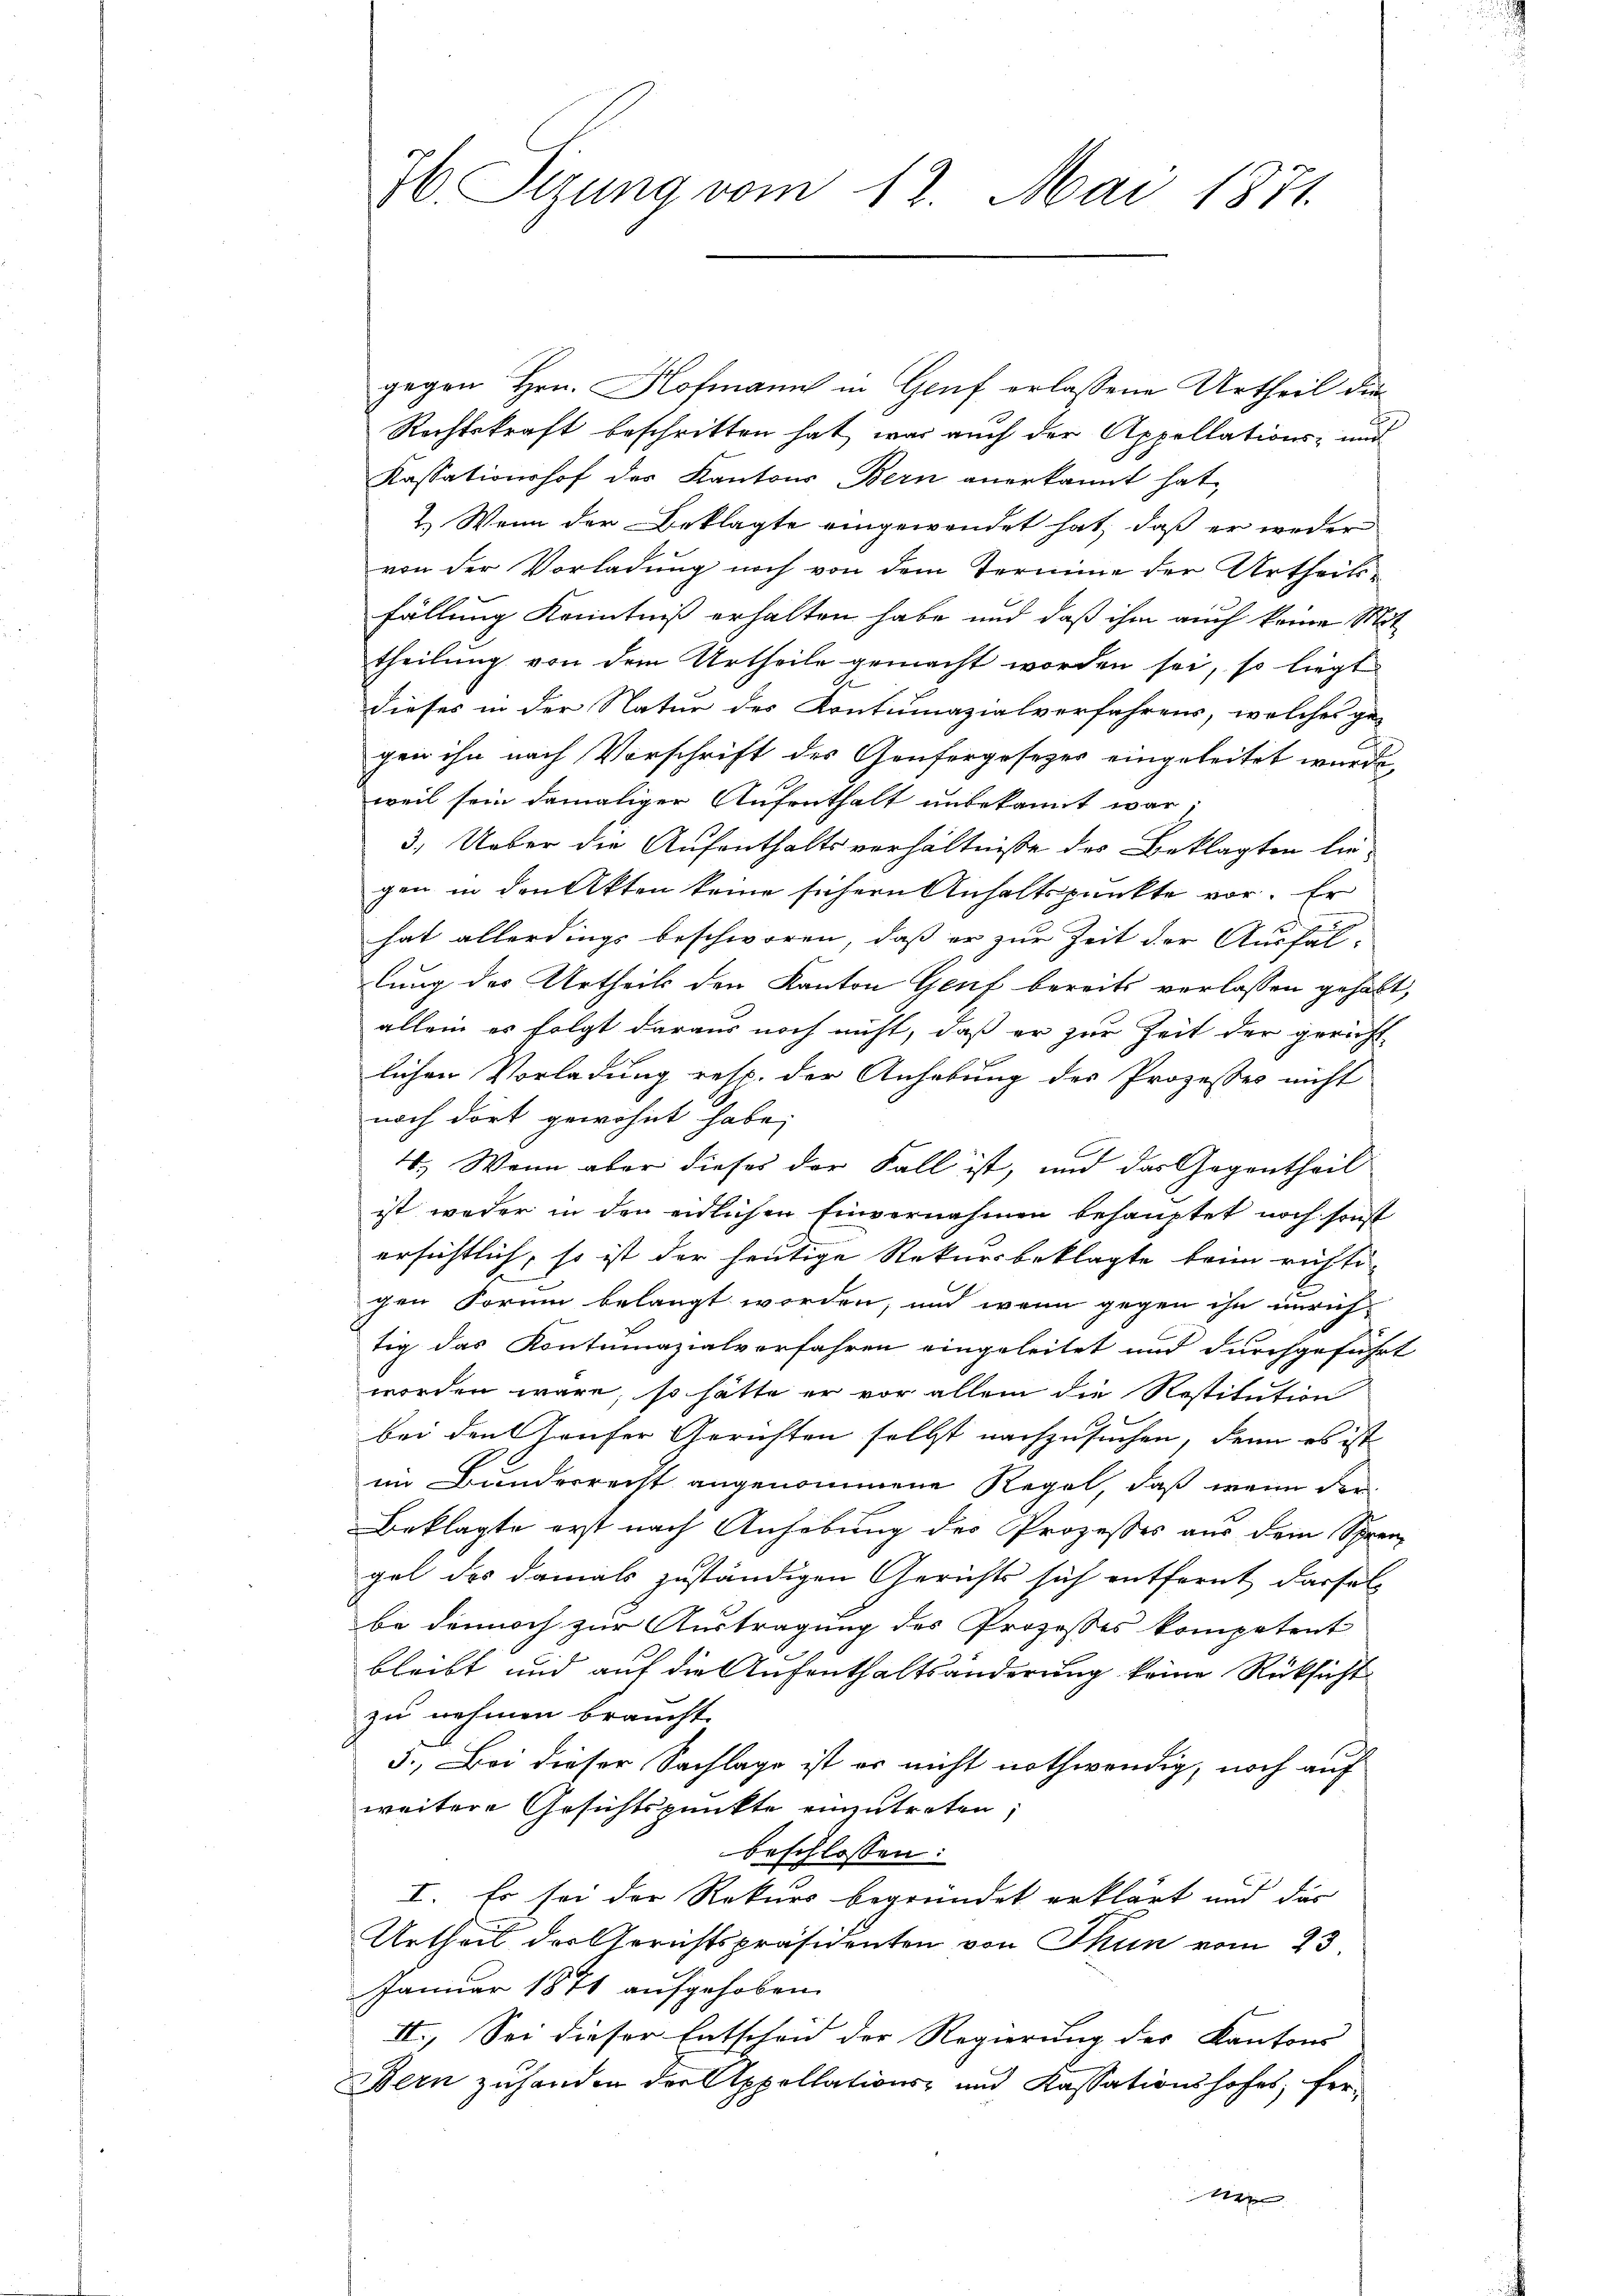
H. Syzung vom 12. Mai 1871.

gegen Hrn. Hofmann in Genf erlassene Urtheil die
Rechtskraft beschritten hat, war auch der Appellations- und
Kassationshof des Kantons Bern anerkannt hat,
2.) Wenn der Beklagte eingewendet hat, daß er weder
von der Vorladung noch von dem Termine der Urtheils-
fällung Kenntniß erhalten habe und daß ihm auch keine Mit
theilung von dem Urtheile gemacht worden sei, so liegt
dieses in der Natur des Kontumazialverfahrens, welches ge-
gen ihn nach Vorschrift des Genfergesezes eingeleitet wurde
weil sein damaliger Aufenthalt unbekannt war,
3.) Ueber die Aufenthaltsverhältnisse des Beklagten liegen in den Akten keine sichern Anhaltspunkte vor. Er
hat allerdings beschworen, daß er zur Zeit der Ausfäl-
lung des Urtheils den Kanton Genf bereits verlassen gehabt,
allein es folgt daraus noch nicht, daß er zur Zeit der gericht
lichen Vorladung resp. der Anhebung des Prozesses nicht
noch dort gewohnt habe,
4. Wenn aber dieses der Fall ist, und das Gegentheil
ist weder in den eidlichen Einvernahmen behauptet noch sonst
ersichtlich, so ist der heutige Rekursbeklagte beim richti-
gen Forum belangt worden, und wenn gegen ihn unrichtig das Kontumazialverfahren eingeleitet und durchgeführt
worden wäre, so hätte er vor allein die Restitution
bei den Grufer Gerichten sollst nachzusuchen, denn es ist
im Bundesrecht angenommene Regel, daß wenn der
Beklagte erst nach Anhebung des Prozesses aus dem Spren-
gel des damals zuständigen Gerichts sich entfernt, darfel
be dennoch zur Austragung des Prozesses kompetent
bleibt und auf die Aufenthaltsänderung keine Rücksicht
zu nehmen braucht.
5., Bei dieser Sachlage ist er nicht nothwendig, noch auf
weitere Gesichtspunkte einzutreten,
beschlossen:
I. Es sei der Rekurs begründet erklärt und dar
Urtheil der Gerichtspräsidenten von Thun vom 23.
Januar 1871 aufgehoben.
II., Sei dieser Entscheid der Regierung der Kantons- |
Bern zuhanden der Appellations- und Kassationshofes, fer¬

r